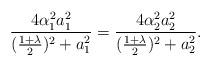
LaTeX: \begin{align*}\frac{4\alpha_{1}^2 a_{1}^{2}}{(\frac{1+\lambda}{2})^{2} + a_{1}^{2}} = \frac{4\alpha_{2}^2 a_{2}^{2}}{(\frac{1+\lambda}{2})^{2} + a_{2}^{2}}.\end{align*}